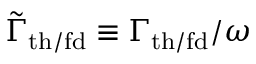
\Tilde { \Gamma } _ { \mathrm { t h / f d } } \equiv \Gamma _ { \mathrm { t h / f d } } / \omega